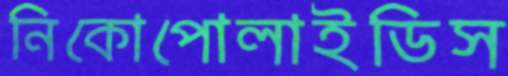
নিকোপোলাইডিস